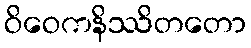
ဝိဝေကနိဿိတတော